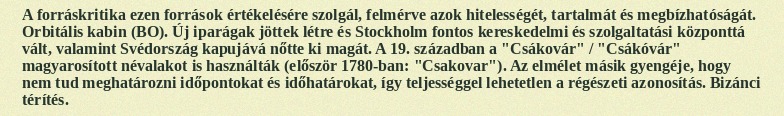
A forráskritika ezen források értékelésére szolgál, felmérve azok hitelességét, tartalmát és megbízhatóságát. Orbitális kabin (BO). Új iparágak jöttek létre és Stockholm fontos kereskedelmi és szolgaltatási központtá vált, valamint Svédország kapujává nőtte ki magát. A 19. században a "Csákovár" / "Csákóvár" magyarosított névalakot is használták (először 1780-ban: "Csakovar"). Az elmélet másik gyengéje, hogy nem tud meghatározni időpontokat és időhatárokat, így teljességgel lehetetlen a régészeti azonosítás. Bizánci térítés.